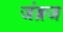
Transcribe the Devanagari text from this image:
जंब्रज